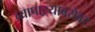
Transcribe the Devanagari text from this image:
व्यापाऱ्याबरोबर